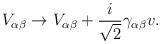
LaTeX: \begin{align*}V_{\alpha\beta}\rightarrow V_{\alpha\beta}+\frac{i}{\sqrt{2}}\gamma_{\alpha\beta}v .\end{align*}